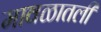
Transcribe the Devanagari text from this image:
मावळातली